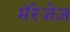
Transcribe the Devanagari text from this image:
मॅरेजेज़